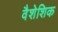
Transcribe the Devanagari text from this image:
वैशेशिक